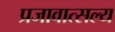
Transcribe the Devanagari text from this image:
प्रजावात्सल्य